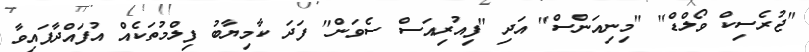
"ޖުރެސިކް ވޯލްޑް" "މިނިއަންސް" އަދި "ފިއުރިއަސް ސެވަން" ފަދަ ކާމިޔާބު ފިލްމުތަކެއް އުފައްދާފައިވާ